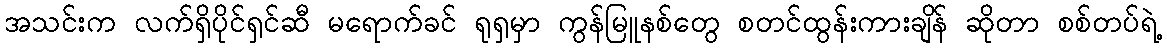
အသင်းက လက်ရှိပိုင်ရှင်ဆီ မရောက်ခင် ရုရှမှာ ကွန်မြူနစ်တွေ စတင်ထွန်းကားချိန် ဆိုတာ စစ်တပ်ရဲ့